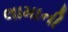
લામાની